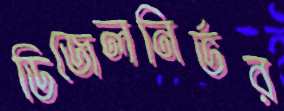
ডিজেলনির্ভর